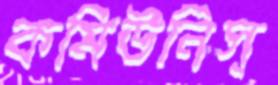
কমিউনিস্